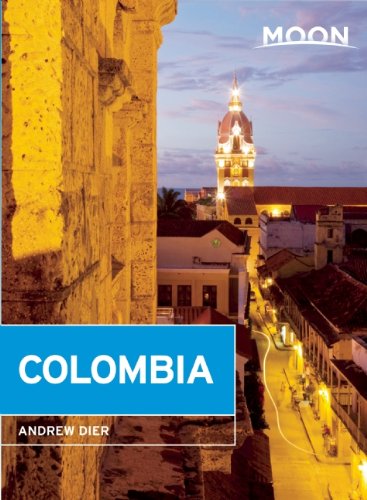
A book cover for Moon Colombia (Moon Handbooks); Andrew Dier; Travel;